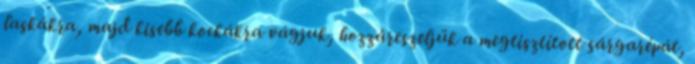
laskákra, majd kisebb kockákra vágjuk, hozzáreszeljük a megtisztított sárgarépát,